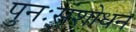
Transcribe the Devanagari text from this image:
पुनःसंशोधन